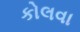
કોલવા